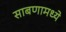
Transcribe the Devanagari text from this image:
साबणामध्ये